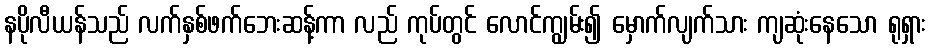
နပိုလီယန်သည် လက်နှစ်ဖက်ဘေးဆန့်ကာ လည် ကုပ်တွင် လောင်ကျွမ်း၍ မှောက်လျက်သား ကျဆုံးနေသော ရုရှား